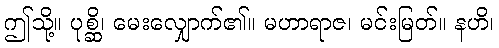
ဤသို့။ ပုစ္ဆိ၊ မေးလျှောက်၏။ မဟာရာဇ၊ မင်းမြတ်။ နဟိ၊